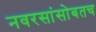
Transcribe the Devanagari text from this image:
नवरसांसोबतच